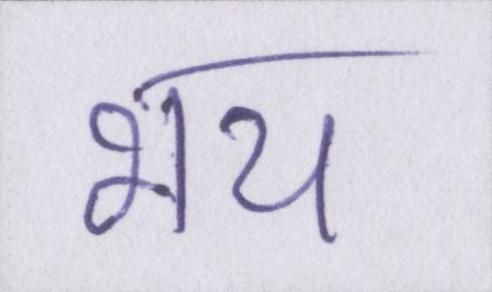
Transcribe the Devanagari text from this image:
भय